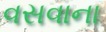
વસવાના